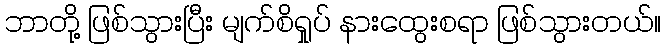
ဘာတို့ ဖြစ်သွားပြီး မျက်စိရှုပ် နားထွေးစရာ ဖြစ်သွားတယ်။